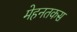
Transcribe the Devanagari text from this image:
मेहनतकस